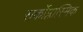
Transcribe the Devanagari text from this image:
सर्कोप्लास्मिक